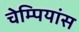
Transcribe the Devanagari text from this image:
चेम्पियांस